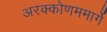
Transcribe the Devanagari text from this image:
अरक्कोणममार्गे